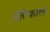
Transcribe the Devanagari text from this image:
मॅटिकाला